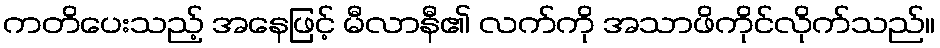
ကတိပေးသည့် အနေဖြင့် မီလာနီ၏ လက်ကို အသာဖိကိုင်လိုက်သည်။